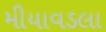
મીયાવડલા